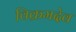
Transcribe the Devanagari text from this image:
विक्रमदेव